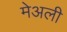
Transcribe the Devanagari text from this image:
मेअली